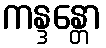
ကန္ဒန္တော